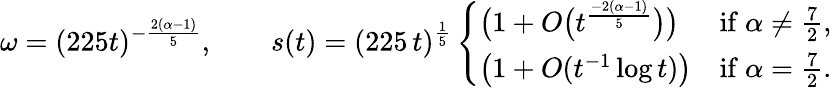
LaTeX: \omega=(225t)^{-\frac{2(\alpha-1)}{5}},\qquad s(t)=(225\, t)^{\frac 15}\left\{ \begin{array}{ll}{\big(1+O\big(t^{\frac{-2(\alpha-1)}{5}}\big)\big)}&{\mathrm{if~}\alpha\ne\frac 72,}\\ {\big(1+O(t^{-1}\log t)\big)}&{\mathrm{if~}\alpha=\frac 72.}\end{array}\right.